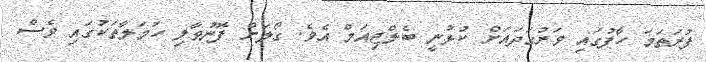
ފުރަތަމަ ހާފުގައި ވަރުގަދައަށް ކުޅުނީ ބެލްޖިއަމް އެވެ. ގޯލަށް ފޮނުވާލި ހަމަލާތަކުގައި ވެސް